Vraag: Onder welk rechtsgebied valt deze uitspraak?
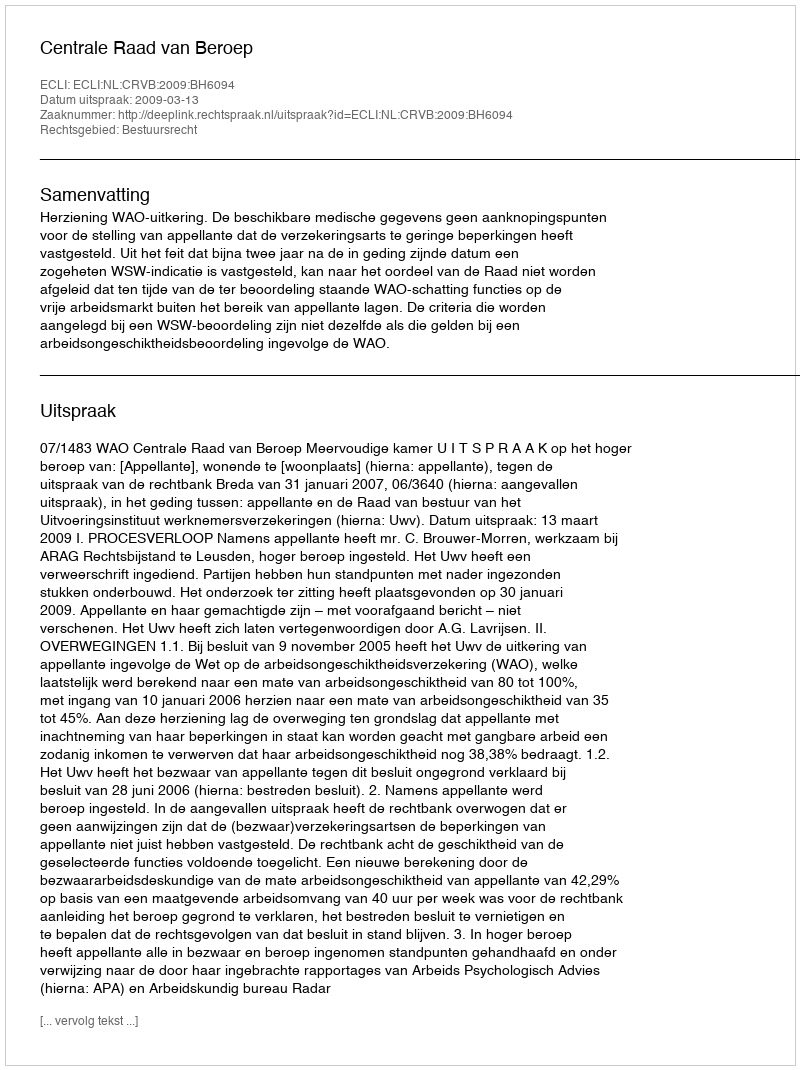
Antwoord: Bestuursrecht